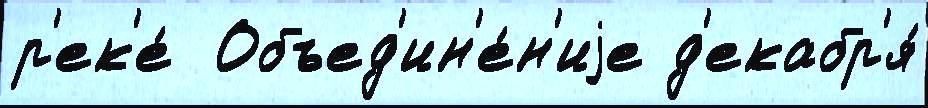
р'ек'е́  Объед'ин'е́н'иjе д'екабр'я́